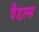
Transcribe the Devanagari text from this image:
वैडल्स